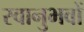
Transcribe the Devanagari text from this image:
स्वानुभवों